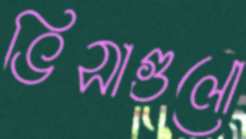
ভিসাগুলো